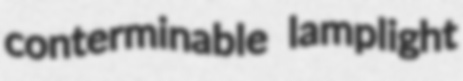
conterminable lamplight